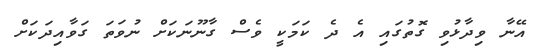
އޭނާ ވިދާޅުވި ގޮތުގައި އެ ދެ ކަމަކީ ވެސް ގާނޫނަކަށް ނުވަތަ ގަވާއިދަކަށް